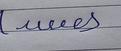
Signature authenticity: forged